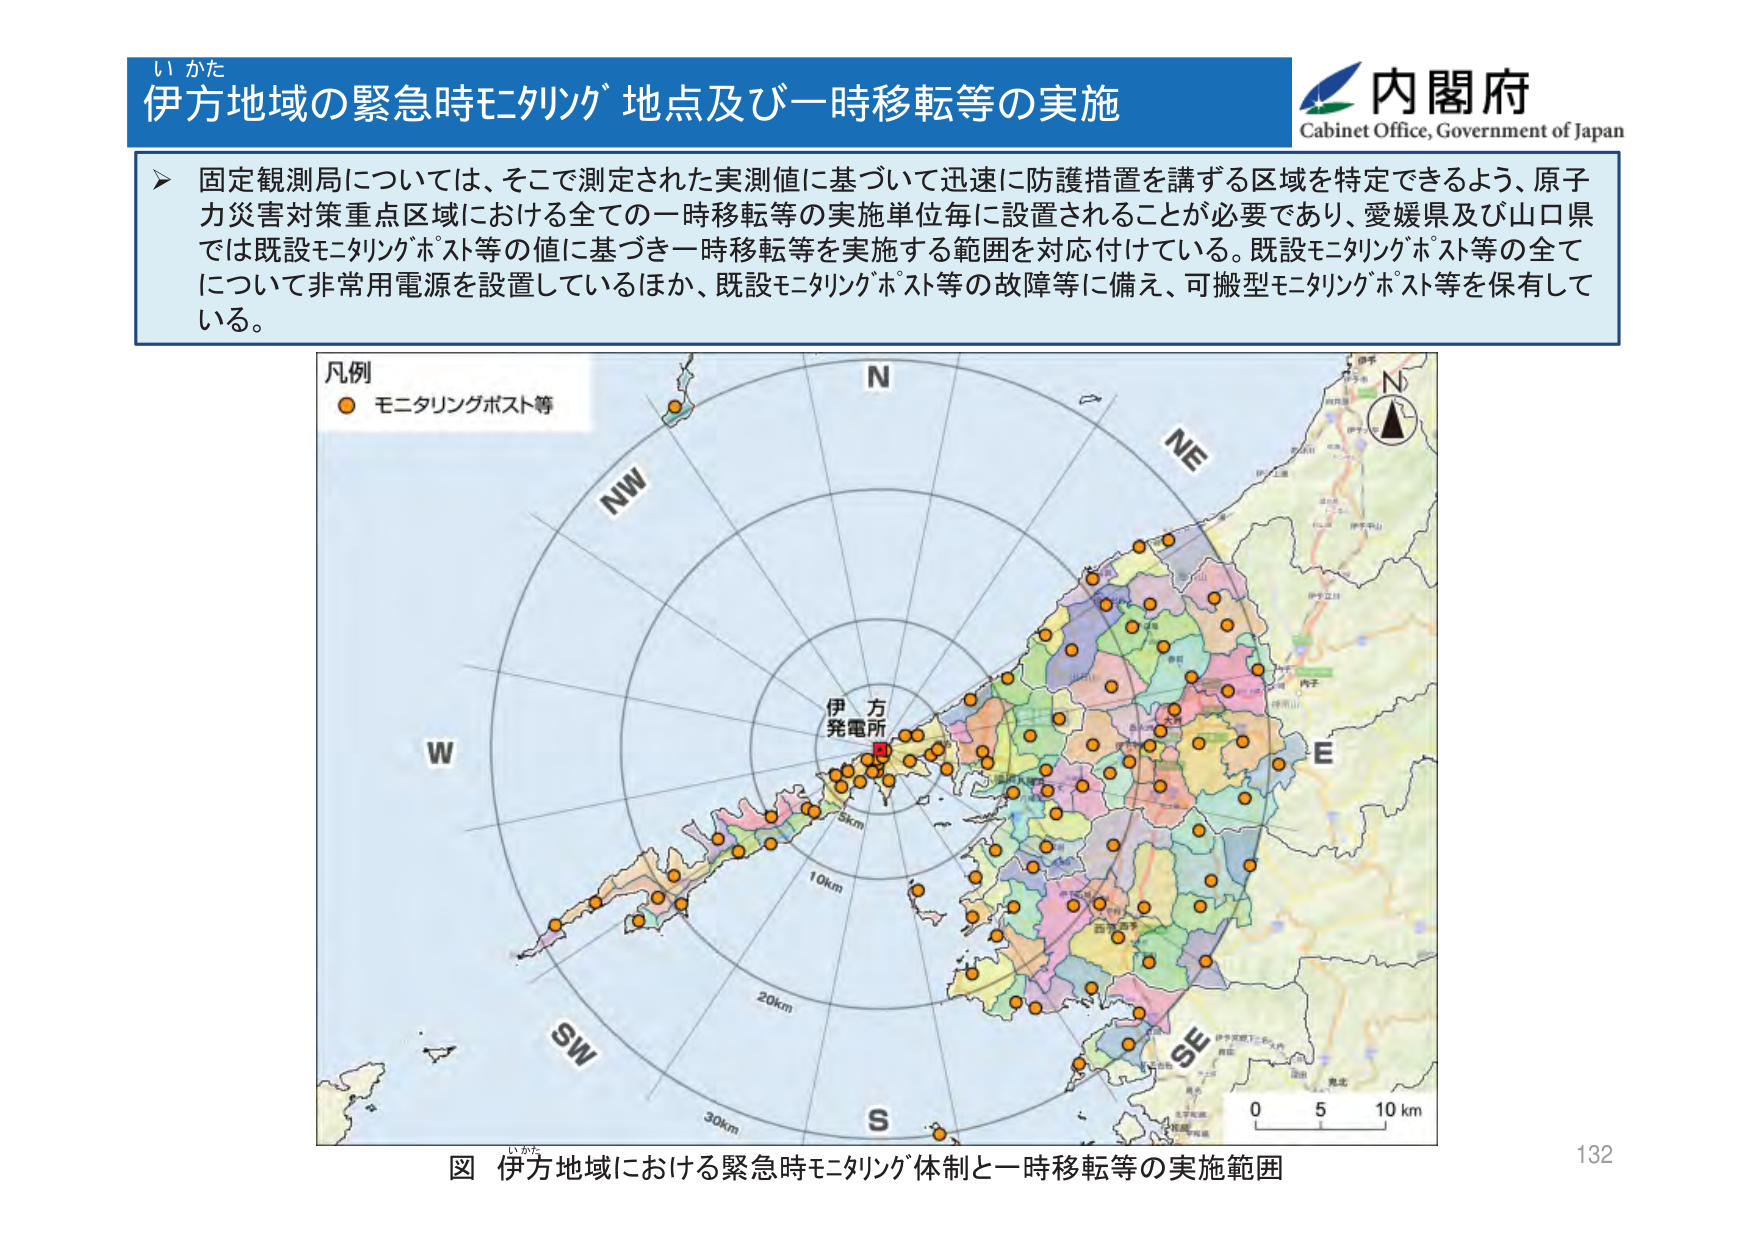
い かた
伊方地域の緊急時モニタリング地点及び一時移転等の実施
内閣府
Cabinet Office, Government of Japan

➤ 固定観測局については、そこで測定された実測値に基づいて迅速に防護措置を講ずる区域を特定できるよう、原子力災害対策重点区域における全ての一時移転等の実施単位毎に設置されることが必要であり、愛媛県及び山口県では既設モニタリングポスト等の値に基づき一時移転等を実施する範囲を対応付けている。既設モニタリングポスト等の全てについて非常用電源を設置しているほか、既設モニタリングポスト等の故障等に備え、可搬型モニタリングポスト等を保有している。

凡例
● モニタリングポスト等

N
NW
W
SW
S
SE
E
NE
N

伊方発電所
5km
10km
20km
30km

0 5 10 km

図 伊方地域における緊急時モニタリング体制と一時移転等の実施範囲
132